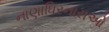
નાણાધિરનારાઓ